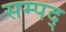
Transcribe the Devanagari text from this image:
सम्पद्